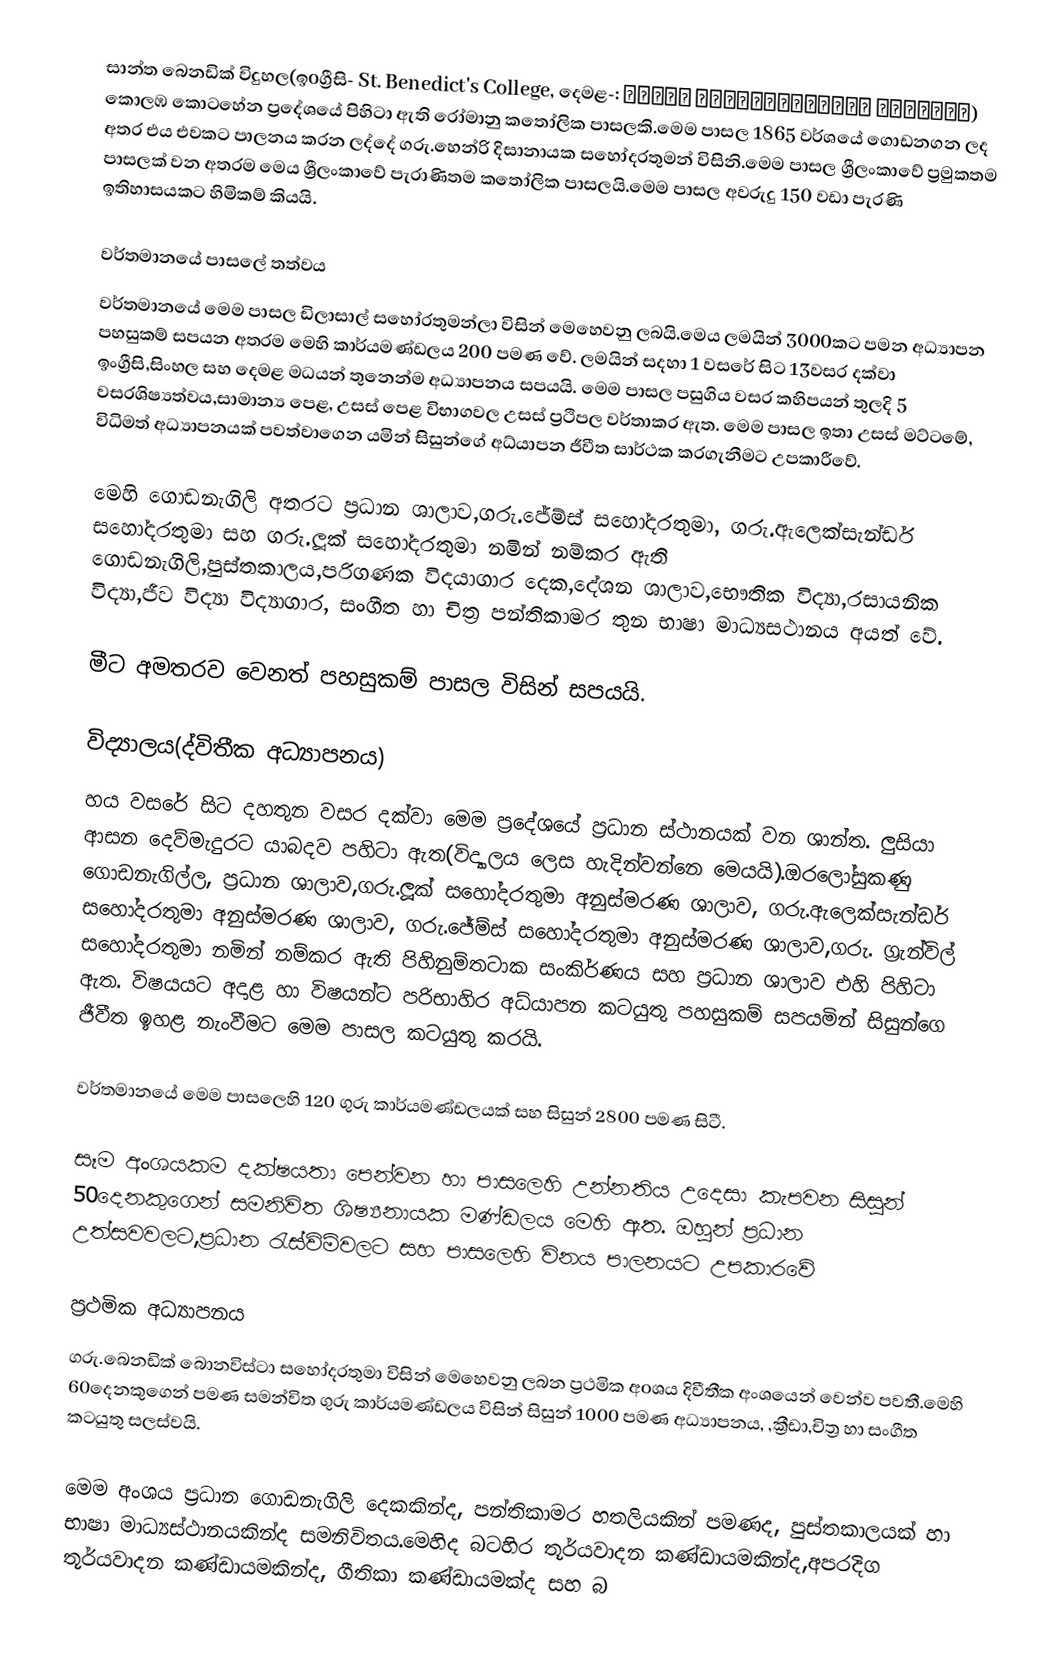
සාන්ත බෙනඩික් විදුහල(ඉoග්‍රීසි- St. Benedict's College, දෙමළ-: புனித ஆசீர்வாதப்பர் கல்லூரி) කොලඹ කොටහේන ප්‍රදේශයේ පිහිටා ඇති රෝමානු කතෝලික පාසලකි.මෙම පාසල 1865 වර්ශයේ ගොඩනගන ලද අතර එය එවකට පාලනය කරන ලද්දේ ගරු.හෙන්රි දිසානායක සහෝදරතුමන් විසිනි.මෙම පාසල ශ්‍රීලංකාවේ ප්‍රමුකතම පාසලක් වන අතරම මෙය ශ්‍රීලංකාවේ පැරාණිතම කතෝලික පාසලයි.මෙම පාසල අවරුදු 150 වඩා පැරණි ඉතිහාසයකට හිමිකම් කියයි.

වර්තමානයේ පාසලේ තත්වය
වර්තමානයේ මෙම පාසල ඩිලාසාල් සහෝරතුමන්ලා විසින් මෙහෙවනු ලබයි.මෙය ලමයින් 3000කට පමන අධ්‍යාපන පහසුකම් සපයන අතරම මෙහි කාර්යමණ්ඩලය 200 පමණ වේ. ලමයින් සදහා 1 වසරේ සිට 13වසර දක්වා ඉංග්‍රීසි,සිංහල සහ දෙමළ මධයන් තුනෙන්ම අධ්‍යාපනය සපයයි. මෙම පාසල පසුගිය වසර කහිපයන් තුලදි 5 වසරශිෂ්‍යත්වය,සාමාන්‍ය පෙළ, උසස් පෙළ විභාගවල උසස් ප්‍රථිපල වර්තාකර ඇත. මෙම පාසල ඉතා උසස් මට්ටමේ, විධිමත් අධ්‍යාපනයක් පවත්වාගෙන යමින් සිසුන්ගේ අධ්යාපන ජීවීත සාර්ථක කරගැනීමට උපකාරීවේ.

මෙහි ගොඩනැගිලි අතරට ප්‍රධාන ශාලාව,ගරු.ජේම්ස් සහෝදරතුමා, ගරු.ඇලෙක්සැන්ඩර් සහෝදරතුමා සහ ගරු.ලූක් සහෝදරතුමා නමින් නම්කර ඇති ගොඩනැගිලි,පුස්තකාලය,පරිගණක විදයාගාර දෙක,දේශන ශාලාව,භෞතික විද්‍යා,රසායනික විද්‍යා,ජීව විද්‍යා විද්‍යාගාර, සංගීත හා චිත්‍ර පන්තිකාමර තුන භාෂා මාධ්‍යසථානය අයත් වේ.

මීට අමතරව වෙනත් පහසුකම් පාසල විසින් සපයයි.

විද්‍යාලය(ද්විතීක අධ්‍යාපනය)
හය වසරේ සිට දහතුන වසර දක්වා මෙම ප්‍රදේශයේ ප්‍රධාන ස්ථානයක් වන ශාන්ත. ලුසියා ආසන දෙව්මැදුරට යාබදව පහිටා ඇත(විද්‍යාලය ලෙස හැදින්වන්නෙ මෙයයි).ඔරලෝසුකණු ගොඩනැගිල්ල, ප්‍රධාන ශාලාව,ගරු.ලූක් සහෝදරතුමා අනුස්මරණ ශාලාව, ගරු.ඇලෙක්සැන්ඩර් සහෝදරතුමා අනුස්මරණ ශාලාව, ගරු.ජේම්ස් සහෝදරතුමා අනුස්මරණ ශාලාව,ගරු. ග්‍රැන්විල් සහෝදරතුමා නමින් නම්කර ඇති පිහිනුම්තටාක සංකිර්ණය සහ ප්‍රධාන ශාලාව එහි පිහිටා ඇත. විෂයයට අදාළ හා විෂයන්ට පරිභාහිර අධ්යාපන කටයුතු පහසුකම් සපයමින් සිසුන්ගෙ ජීවීත ඉහළ නැංවීමට මෙම පාසල කටයුතු කරයි.

වර්තමානයේ මෙම පාසලෙහි 120 ගුරු කාර්යමණ්ඩලයක් සහ සිසුන් 2800 පමණ සිටී.

සෑම අංශයකම දක්ෂයතා පෙන්වන හා  පාසලෙහි උන්නතිය උදෙසා කැපවන සිසුන් 50දෙනකුගෙන් සමනිවිත ශිෂ්‍යනායක මණ්ඩලය මෙහි ඇත. ඔහුන් ප්‍රධාන උත්සවවලට,ප්‍රධාන රැස්විම්වලට සහ පාසලෙහි විනය පාලනයට උපකාරවේ

ප්‍රථමික අධ්‍යාපනය
ගරු.බෙනඩික් බොනවිස්ටා සහෝදරතුමා විසින් මෙහෙවනු ලබන ප්‍රථමික අoශය දිවීතීක අංශයෙන් වෙන්ව පවතී.මෙහි 60දෙනකුගෙන් පමණ සමන්විත ගුරු කාර්යමණ්ඩලය විසින් සිසුන් 1000 පමණ අධ්‍යාපනය, ,ක්‍රීඩා,චිත්‍ර හා සංගීත කටයුතු සලස්වයි.

මෙම අංශය ප්‍රධාන ගොඩනැගිලි දෙකකින්ද, පන්තිකාමර හතලියකින් පමණද, පුස්තකාලයක් හා භාෂා මාධ්‍යස්ථානයකින්ද සමනිවිතය.මෙහිද බටහිර තූර්යවාදන කණ්ඩායමකින්ද,අපරදිග තූර්යවාදන කණ්ඩායමකින්ද, ගීතිකා කණ්ඩායමක්ද සහ බ